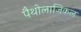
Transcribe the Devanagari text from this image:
पैथोलाजिकल